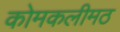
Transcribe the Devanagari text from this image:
कोमकलीमठ